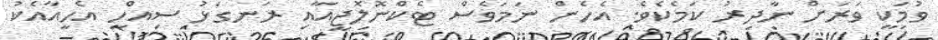
ވުމަކީ ވަރަށް ނާދިރު ކަމެކެވެ. އެހެން ނަމަވެސް ޓެކްނޮލޮޖީއާއި ރަނގަޅު ސިއްހީ އެހީއާއެކު